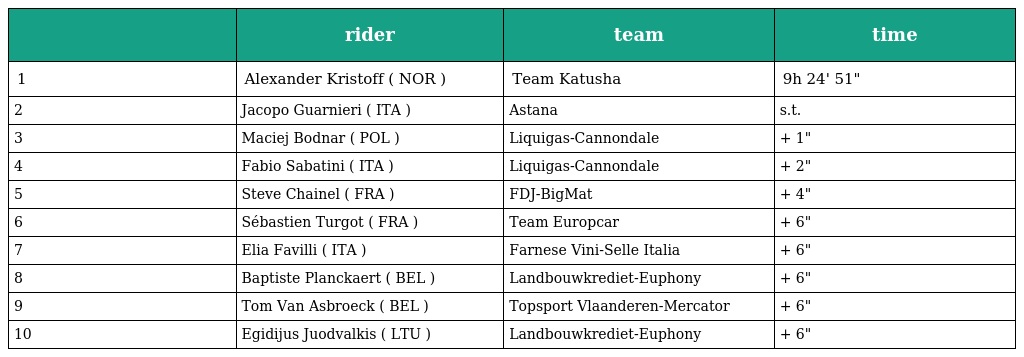
|  | rider | team | time |
 | --- | --- | --- | --- |
 | 1 | Alexander Kristoff ( NOR ) | Team Katusha | 9h 24' 51" |
 | 2 | Jacopo Guarnieri ( ITA ) | Astana | s.t. |
 | 3 | Maciej Bodnar ( POL ) | Liquigas-Cannondale | + 1" |
 | 4 | Fabio Sabatini ( ITA ) | Liquigas-Cannondale | + 2" |
 | 5 | Steve Chainel ( FRA ) | FDJ-BigMat | + 4" |
 | 6 | Sébastien Turgot ( FRA ) | Team Europcar | + 6" |
 | 7 | Elia Favilli ( ITA ) | Farnese Vini-Selle Italia | + 6" |
 | 8 | Baptiste Planckaert ( BEL ) | Landbouwkrediet-Euphony | + 6" |
 | 9 | Tom Van Asbroeck ( BEL ) | Topsport Vlaanderen-Mercator | + 6" |
 | 10 | Egidijus Juodvalkis ( LTU ) | Landbouwkrediet-Euphony | + 6" |